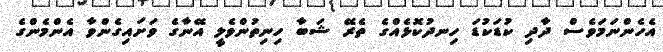
އެހެންނަމަވެސް ދާދި ކުޑަކުޑަ ހިނދުކޮޅެއްގެ ތެރޭ ޝަބާ ހިނިތުންވެލީ އޭނާގެ ވަށައިގެންވާ އެންމެންގެ